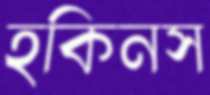
হকিনস